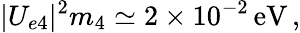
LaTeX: |U_{e4}|^{2}m_{4}\simeq 2\times 10^{-2}\, \mathrm{eV}\, ,